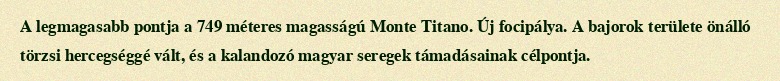
A legmagasabb pontja a 749 méteres magasságú Monte Titano. Új focipálya. A bajorok területe önálló törzsi hercegséggé vált, és a kalandozó magyar seregek támadásainak célpontja.